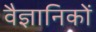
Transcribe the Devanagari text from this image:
वैज्ञानिकों